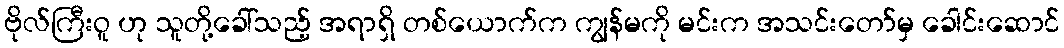
ဗိုလ်ကြီးဝူ ဟု သူတို့ခေါ်သည့် အရာရှိ တစ်ယောက်က ကျွန်မကို မင်းက အသင်းတော်မှ ခေါင်းဆောင်